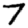
Digit: 7